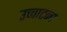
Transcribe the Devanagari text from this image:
उच्चाटना